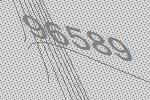
96589